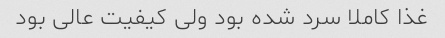
غذا کاملا سرد شده بود ولی کیفیت عالی بود